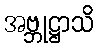
အဗ္ဘုဋ္ဌာသိ